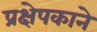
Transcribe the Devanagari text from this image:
प्रक्षेपकाने